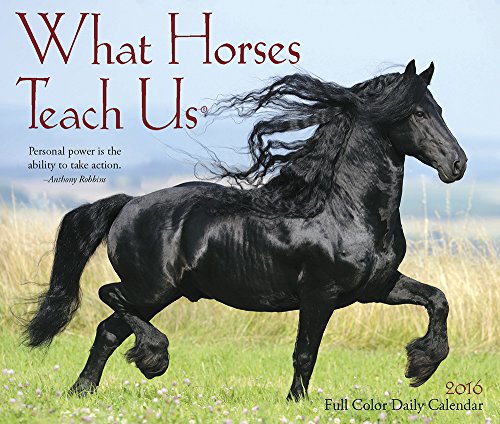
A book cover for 2016 What Horses Teach Us Box Calendar; Willow Creek Press; Calendars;